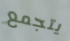
يتجمع